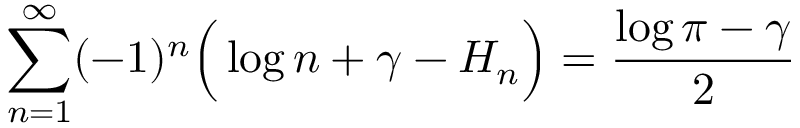
\sum _ { n = 1 } ^ { \infty } ( - 1 ) ^ { n } { \Big ( } \log n + \gamma - H _ { n } { \Big ) } = { \frac { \log \pi - \gamma } { 2 } }